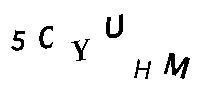
5CYUHM